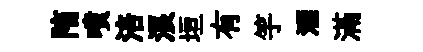
陏噴涪浪垣有竽酒滿